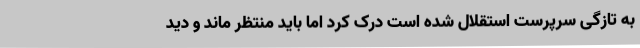
به تازگی سرپرست استقلال شده است درک کرد اما باید منتظر ماند و دید